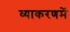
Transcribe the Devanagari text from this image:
व्याकरणमें